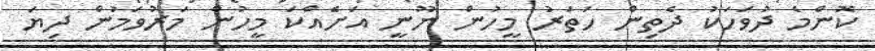
ކޮންމެ ދުވަހަކު ދެތިން ހަތަރު މީހުން ނޫނީ އަށެއްކަ މީހުން މަރުވަމުން ދިޔަ